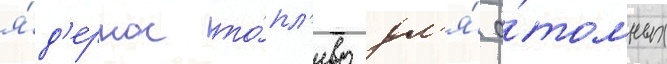
я́д'ерное то́пл'иво дл'я́ а́томных